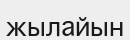
жылайын